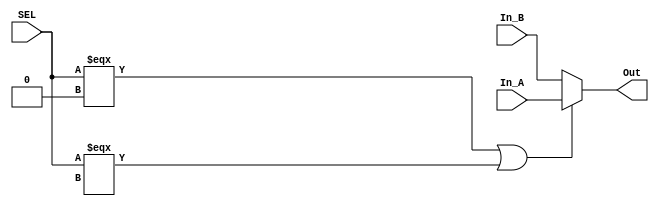
module Mux2_1 #(parameter WIDTH = 32)(In_A, In_B, SEL, Out);
    input[WIDTH - 1:0] In_A, In_B;
    input SEL;
    output reg[WIDTH - 1:0] Out;
    always @(*) begin
        Out <= (SEL === 1'b0 || SEL === 1'bx)? In_A: In_B;
    end
endmodule

module Mux3_1 #(parameter WIDTH = 32)(In_A, In_B, In_C, SEL, Out);
    input[WIDTH - 1:0] In_A, In_B, In_C;
    input[1:0] SEL;
    output reg[WIDTH - 1:0] Out;

    always @(*) begin
        case(SEL)
            0:       Out <= In_A;
            1:       Out <= In_B;
            2:       Out <= In_C;
            default: Out <= -1;
        endcase
    end
endmodule